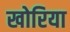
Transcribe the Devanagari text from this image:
खोरिया